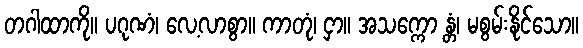
တဂါထာကို။ ပဂုဏံ၊ လေ့လာစွာ။ ကာတုံ၊ ငှာ။ အသက္ကော န္တံ၊ မစွမ်းနိုင်သော။